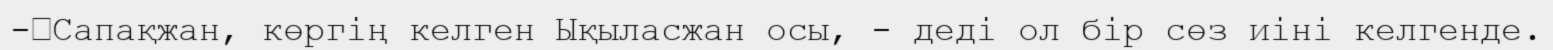
-	Сапақжан, көргің келген Ықыласжан осы, - деді ол бір сөз иіні келгенде.